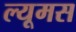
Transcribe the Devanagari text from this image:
ल्यूमस